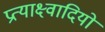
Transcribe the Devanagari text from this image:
प्रत्याक्ष्वादियों